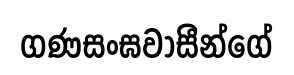
ගණසංඝවාසීන්ගේ